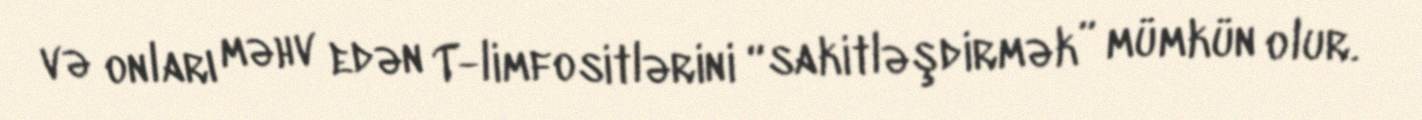
və onları məhv edən T-limfositlərini “sakitləşdirmək” mümkün olur.